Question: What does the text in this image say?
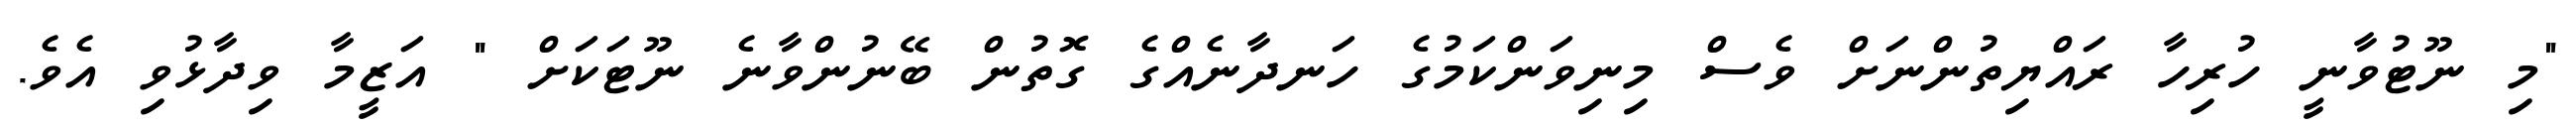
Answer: "މި ނޫޓުވާނީ ހުރިހާ ރައްޔިތުންނަށް ވެސް މިނިވަންކަމުގެ ހަނދާނެއްގެ ގޮތުން ބޭނުންވާނެ ނޫޓަކަށް " އަޒީމާ ވިދާޅުވި އެވެ.